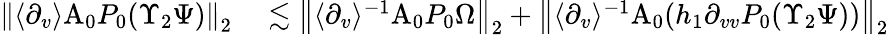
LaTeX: \begin{array}{rl}{\left\| \langle\partial_{v}\rangle\mathrm{A}_{0}P_{0}(\Upsilon_{2}\Psi)\right\| _{2}}&{{}\lesssim\left\| \langle\partial_{v}\rangle^{-1}\mathrm{A}_{0}P_{0}\Omega\right\| _{2}+\left\| \langle\partial_{v}\rangle^{-1}\mathrm{A}_{0}(h_{1}\partial_{vv}P_{0}(\Upsilon_{2}\Psi))\right\| _{2}}\end{array}